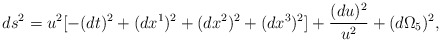
\begin{align*}ds^2 = u^2 [-(dt)^2 + (dx^1)^2 + (dx^2)^2 + (dx^3)^2] + { (du)^2 \over u^2}+ ( d \Omega_5)^2,\end{align*}